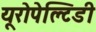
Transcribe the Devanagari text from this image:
यूरोपेल्टिडी